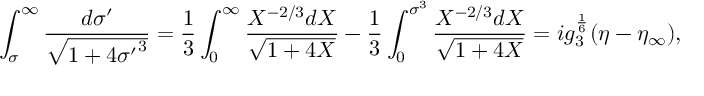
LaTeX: \int _ { \sigma } ^ { \infty } { \frac { d \sigma ^ { \prime } } { \sqrt { 1 + 4 { \sigma ^ { \prime } } ^ { 3 } } } } = { \frac { 1 } { 3 } } \int _ { 0 } ^ { \infty } { \frac { X ^ { - 2 / 3 } d X } { \sqrt { 1 + 4 X } } } - { \frac { 1 } { 3 } } \int _ { 0 } ^ { \sigma ^ { 3 } } { \frac { X ^ { - 2 / 3 } d X } { \sqrt { 1 + 4 X } } } = i g _ { 3 } ^ { \frac { 1 } { 6 } } ( \eta - \eta _ { \infty } ) ,